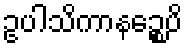
ဥပါသိကာနဉ္စေပိ